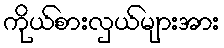
ကိုယ်စားလှယ်များအား